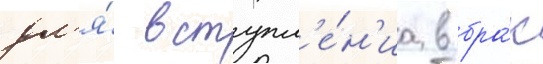
дл'я́ вступл'е́н'иа в бра́к